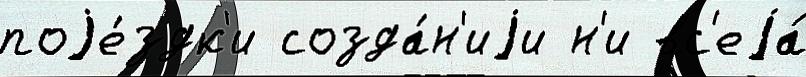
поjе́здк'и созда́н'иjи н'и вс'еjа́